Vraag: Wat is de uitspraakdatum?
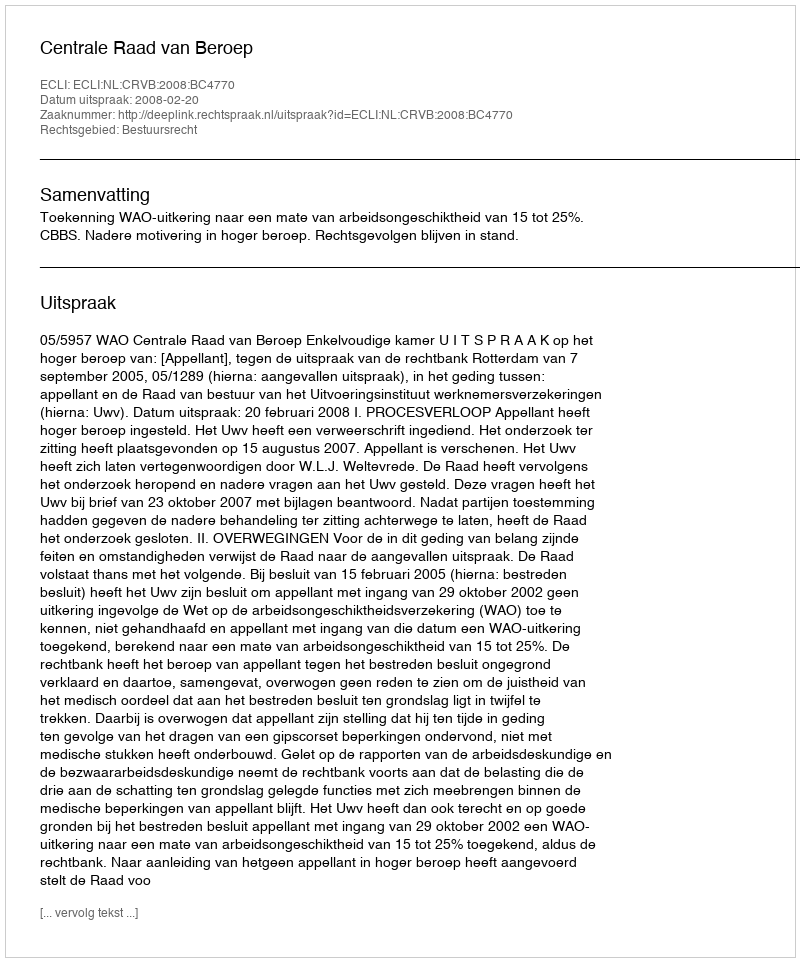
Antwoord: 2008-02-20